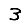
Digit: 3